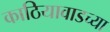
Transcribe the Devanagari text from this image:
काठियावाडच्या